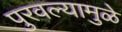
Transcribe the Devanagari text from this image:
पुरवल्यामुळे